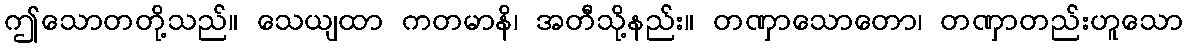
ဤသောတတို့သည်။ သေယျထာ ကတမာနိ၊ အတီသို့နည်း။ တဏှာသောတော၊ တဏှာတည်းဟူသော